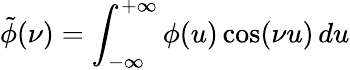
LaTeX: \tilde{\phi}(\nu)=\int_{-\infty}^{+\infty}\phi(u)\cos(\nu u)\, du